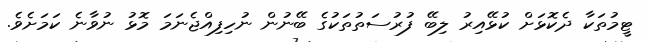
ޓީމުތަކާ ދެކޮޅަށް ކުޅޭއިރު ލިބޭ ފުރުސަތުތަކުގެ ބޭނުން ނުހިފިއްޖެނަމަ މޮޅު ނުވާނެ ކަމަށެވެ.